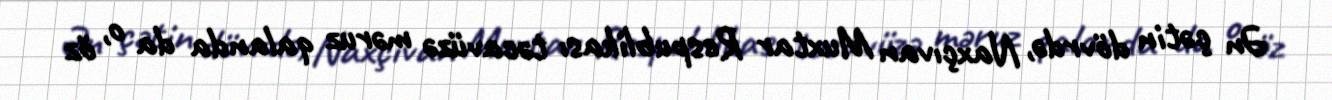
Ən çətin dövrdə, Naxçıvan Muxtar Respublikası təcavüzə məruz qalanda da o, öz